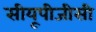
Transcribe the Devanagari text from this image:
सीयूपीजीसी